Lunatic asylums Madras 1877-1891 - 1877-1891
Year: 1877
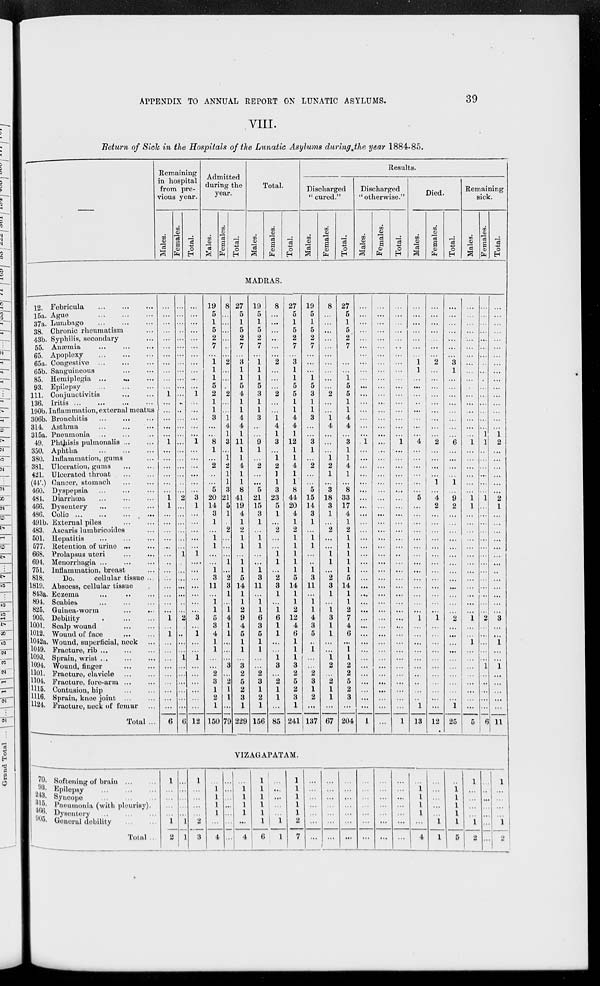
APPENDIX TO ANNUAL REPORT ON LUNATIC ASYLUMS.
39
VIII.
Return of Sick in the Hospitals of the Lunatic Asylums during the year 1884-85.
—
Remaining
in hospital
from pre-
vious year.
Males.
Females.
Total.
Admitted
during the
year.
Males.
Females.
Total.
Total.
Males.
Females.
Total.
Results.
Discharged
" cured."
Males.
Females.
Total.
Discharged
"otherwise."
Males.
Females.
Total.
Died.
Males.
Females.
Total.
Remaining
sick.
Males.
Females.
Total.
MADRAS.
12.
15a.
37a.
38.
43b.
55.
65.
65a.
65b.
85.
93.
111.
136.
190b.
306b.
314.
315a.
49.
350.
380.
381.
421.
(44'.)
460.
484.
466.
486.
491b.
483.
501.
577.
668.
694.
751.
818.
1819.
843a.
894.
825.
905.
1001.
1012.
1042a.
1049.
1093.
1094.
1101.
1104.
1115.
1116.
1124.
Febricula ... ... ...
Ague
...
...
...
Lumbago ... ... ...
Chronic rheumatism ...
Syphilis, secondary ...
Anæmia
...
...
...
Apoplexy
...
...
...
Congestive ... ... ...
Sanguineous ... ...
Hemiplegia ... ... ...
Epilepsy
...
...
...
Conjunctivitis ... ...
Iritis
...
...
...
...
Inflammation, external meatus
Bronchitis
...
...
...
Asthma ... ... ...
Pneumonia ... ... ...
Phthisis pulmonalis ... ...
Aphtha ... ... ...
Inflammation, gums ...
Ulceration, gums
...
...
Ulcerated throat ... ...
Cancer, stomach ... ...
Dyspepsia ... ... ...
Diarrhœa
...
...
...
Dysentery
...
...
...
Colic
...
...
...
...
External piles
...
...
Ascaris lumbricoides ...
Hepatitis
...
...
...
Retention of urine ... ...
Prolapsus uteri
...
...
Menorrhagia
...
...
...
Inflammation, breast ...
Do.
cellular tissue ...
Abscess, cellular tissue ...
Eczema
...
...
...
Scabies ... ... ...
Guinea-worm
...
...
Debility
...
...
...
Scalp wound
...
...
Wound of face
...
...
Wound, superficial, neck ...
Fracture, rib ... ... ...
Sprain, wrist
...
...
...
Wound,
finger
...
...
Fracture, clavicle ... ...
Fracture, fore-arm ... ...
Contusion,
hip
...
...
Sprain, knee joint
...
...
Fracture, neck of femur ...
Total ...
...
...
...
...
...
...
...
...
...
...
...
1
...
...
...
...
...
1
...
...
...
...
...
...
1
1
...
...
...
...
...
...
...
...
...
...
...
...
...
1
...
1
...
...
...
...
...
...
...
...
...
6
... ...
...
...
...
...
...
...
...
...
...
...
...
...
...
...
...
...
...
...
...
...
...
...
2
...
...
...
...
...
...
1
...
...
...
...
...
...
...
2
...
...
...
...
1
...
...
...
...
...
...
6
...
...
...
...
...
...
...
...
...
...
...
1
...
...
...
...
...
1
...
...
...
...
...
...
3
1
...
...
...
...
...
1
....
...
...
...
...
...
...
3
...
1
...
...
1
...
...
...
...
...
...
12
19
5
1
5
2
7
...
1
1
1
5
2
1
1
3
...
...
8
1
...
2
...
...
5
20
14
3
1
...
1
1
...
...
1
3
11
...
1
1
5
3
4
1
1
...
...
2
3
1
2
1
150
8
...
...
...
...
...
...
2
...
...
...
2
...
...
1
4
1
3
...
1
2
1
1
3
21
5
1
...
2
...
...
...
1
...
2
3
1
...
1
4
1
1
...
...
...
3
...
2
1
1
...
79
27
5
1
5
2
7
...
3
1
1
5
4
1
1
4
4
1
11
1
1
4
1
1
8
41
19
4
1
2
1
1
...
1
1
5
14
1
1
2
9
4
5
1
1
...
3
2
5
2
3
1
229
19
5
1
5
2
7
...
1
1
1
5
3
1
1
3
...
...
9
1
...
2
...
...
5
21
15
3
1
...
1
1
...
...
1
3
11
...
1
1
6
3
5
1
1
...
...
2
3
1
2
1
156
8
...
...
...
...
...
...
2
...
...
...
2
...
...
1
4
1
3
...
1
2
1
1
3
23
5
1
...
2
...
...
1
1
...
2
3
1
...
1
6
1
1
...
...
1
3
...
2
1
1
...
85
27
5
1
5
2
7
...
3
1
1
5
5
1
1
4
4
1
12
1
1
4
1
1
8
44
20
4
1
2
1
1
1
1
1
5
14
1
1
2
12
4
6
1
1
1
3
2
5
2
3
1
241
19
5
1
5
2
7
...
...
...
1
5
3
1
1
3
...
...
3
1
...
2
...
...
5
15
14
3
1
...
1
1
...
..
1
3
11
...
1
1
4
3
5
...
1
...
...
2
3
1
2
...
137
8
...
...
...
...
...
...
...
...
...
...
2
...
...
1
4
...
...
...
1
2
1
...
3
18
3
1
...
2
...
...
1
1
...
2
3
1
...
1
3
1
1
...
...
1
2
...
2
1
1
...
67
27
5
1
5
2
7
...
...
...
1
5
5
1
1
4
4
...
3
1
1
4
1
...
8
33
17
4
1
2
1
1
1
1
1
5
14
1
1
2
7
4
6
...
1
1
2
2
5
2
3
...
204
...
...
...
...
...
...
...
...
...
...
...
...
...
...
...
...
...
1
...
...
...
...
...
...
...
...
...
...
...
...
...
...
...
...
...
...
...
...
...
...
...
...
...
...
...
...
...
...
...
...
...
1
...
...
...
...
...
...
...
...
...
...
...
...
...
...
...
...
...
...
...
...
...
...
...
...
...
...
...
...
...
...
...
...
...
...
...
...
...
...
...
...
...
...
...
...
...
...
...
...
...
...
...
...
...
...
...
...
...
...
...
...
...
...
...
...
...
...
...
...
...
1
...
...
...
...
...
...
...
...
...
...
...
...
...
...
...
...
...
...
...
...
...
...
...
...
...
...
...
...
...
...
...
...
...
1
...
...
...
...
...
...
...
1 1
...
...
...
...
...
...
...
...
4
...
...
...
...
...
...
5
...
...
...
...
...
...
...
...
...
...
...
...
...
...
1
...
...
...
...
...
...
...
...
...
...
1
13
...
...
...
...
...
...
...
2
...
...
...
...
...
...
...
...
...
2
...
...
...
...
1
...
4
2
...
...
...
...
...
...
...
...
...
...
...
...
...
1
...
...
...
...
...
...
...
...
...
...
...
12
...
...
...
...
...
...
...
3
1
...
...
...
...
...
...
...
...
6
...
...
...
...
1
...
9
2
...
...
...
...
...
...
...
...
...
...
...
...
...
2
...
...
...
...
...
...
...
...
...
...
1
25
...
...
...
...
...
...
...
...
...
...
...
...
...
...
...
...
...
1
...
...
...
...
...
...
1
1
...
...
...
...
...
...
...
...
...
...
...
...
...
1
...
...
1
...
...
...
...
...
...
...
...
5
...
...
...
...
...
...
...
..
...
...
...
...
...
...
...
...
1
1
...
...
...
...
...
...
1
...
...
...
...
...
...
...
...
...
...
...
...
...
...
2
...
...
...
...
...
1
...
...
...
...
...
6
...
...
...
...
...
...
...
...
...
...
...
...
...
...
...
...
1
2
...
...
...
...
...
...
2
1
...
...
...
...
...
...
...
...
...
...
...
...
...
3
...
...
1
...
...
1
...
...
...
...
...
11
VIZAGAPATAM.
70.
93.
243.
315.
466.
905.
Softening of brain ... ...
Epilepsy
...
...
...
Syncope
...
...
...
Pneumonia (with pleurisy).
Dysentery
...
...
...
General debility
...
...
Total ...
1
...
...
...
...
1
2
...
...
...
...
...
1
1
1
...
...
...
...
2
3
...
1
1
1
1
...
4
...
...
...
...
...
...
...
...
1 1
1
1
...
4
1
1
1
1
1
1
6
...
...
...
...
...
1
1
1
1
1
1
1
2
7
...
...
...
...
...
...
...
...
...
...
...
...
...
...
...
...
...
...
...
...
...
...
...
...
...
...
...
...
...
...
...
...
...
...
...
...
...
...
...
...
...
...
...
1
1
1
1
...
4
...
...
...
...
...
1
1
...
1
1
1
1
1
5
1
...
...
...
...
1
2
...
...
...
...
...
...
...
1
...
...
...
...
1
2